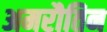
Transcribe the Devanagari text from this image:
अमरौतिन